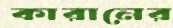
কারানের